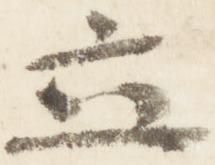
立